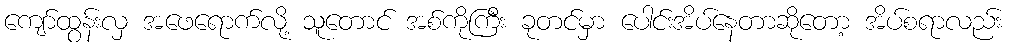
ကျော်ထွန်းလှ အဖေရောက်လို့ သူတောင် အစ်ကိုကြီး ခုတင်မှာ ပေါင်းအိပ်နေတာဆိုတော့ အိပ်စရာလည်း